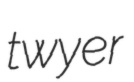
twyer